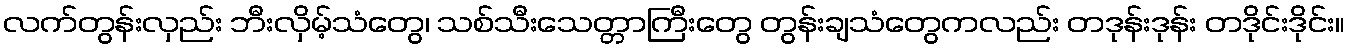
လက်တွန်းလှည်း ဘီးလှိမ့်သံတွေ၊ သစ်သီးသေတ္တာကြီးတွေ တွန်းချသံတွေကလည်း တဒုန်းဒုန်း တဒိုင်းဒိုင်း။